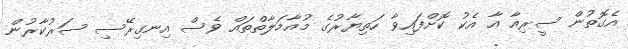
އެގޮތުން ސީރިއާ އާ އެކު ކޮށްފައިވާ ހަތިޔާރުގެ މުއާމަލާތްތައް ވެސް އިނގިރޭސި ސަރުކާރުން